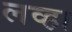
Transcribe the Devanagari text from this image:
लव्हा